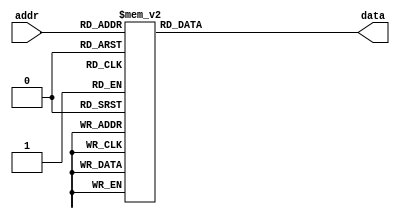
`timescale 1ns / 1ps
//////////////////////////////////////////////////////////////////////////////////
// Company: 
// Engineer: 
// 
// Design Name: 
// Module Name: fontROM
// Project Name: 
// Target Devices: 
// Tool Versions: 
// Description: 
// 
// Dependencies: 
// 
// Revision:
// Revision 0.01 - File Created
// Additional Comments:
// 
//////////////////////////////////////////////////////////////////////////////////

module fontROM( 
 input wire [8:0] addr, // recorre todas las posibilidades de memoria
 output reg [7:0] data // 8 bits del dato de salida
);
    
   // Letras a utilizar DIA MES AO HORA HR MIN SEG RING TIMER DERECHA IZQUIERDA
   // D I A M E S  O H R N G T Z Q                

always@*    
   case (addr) // Evalua el valor de la direccion

            9 'h000: data = 8'b00000000; 
            9 'h001: data = 8'b00000000;
            9 'h002: data = 8'b00000000;
            9 'h003: data = 8'b00000000;
            9 'h004: data = 8'b00000000;
            9 'h005: data = 8'b00000000;
            9 'h006: data = 8'b00000000;
            9 'h007: data = 8'b00000000;
            9 'h008: data = 8'b00000000;
            9 'h009: data = 8'b00000000;
            9 'h00a: data = 8'b00000000;
            9 'h00b: data = 8'b00000000;
            9 'h00c: data = 8'b00000000;
            9 'h00d: data = 8'b00000000;
            9 'h00e: data = 8'b00000000;
            9 'h00f: data = 8'b00000000;
   
            // A
            9 'h010: data = 8'b00000000; //
            9 'h011: data = 8'b00000000; //
            9 'h012: data = 8'b00010000; //         *
            9 'h013: data = 8'b00111000; //        ***
            9 'h014: data = 8'b01101100; //       ** **
            9 'h015: data = 8'b11000110; //      **   **
            9 'h016: data = 8'b11000110; //      **   **
            9 'h017: data = 8'b11111110; //      *******
            9 'h018: data = 8'b11000110; //      **   **
            9 'h019: data = 8'b11000110; //      **   **
            9 'h01a: data = 8'b11000110; //      **   **
            9 'h01b: data = 8'b11000110; //      **   **
            9 'h01c: data = 8'b00000000;
            9 'h01d: data = 8'b00000000;
            9 'h01e: data = 8'b00000000;
            9 'h01f: data = 8'b00000000;
   
            // D
            9 'h020: data <= 8'b00000000; //
            9 'h021: data <= 8'b00000000; //
            9 'h022: data <= 8'b11111000; //       *****
            9 'h023: data <= 8'b01101100; //        ** **
            9 'h024: data <= 8'b01100110; //        **  **
            9 'h025: data <= 8'b01100110; //        **  **
            9 'h026: data <= 8'b01100110; //        **  **
            9 'h027: data <= 8'b01100110; //        **  **
            9 'h028: data <= 8'b01100110; //        **  **
            9 'h029: data <= 8'b01100110; //        **  **
            9 'h02a: data <= 8'b01101100; //        ** **
            9 'h02b: data <= 8'b11111000; //       *****
            9 'h02c: data <= 8'b00000000;
            9 'h02d: data <= 8'b00000000;
            9 'h02e: data <= 8'b00000000;
            9 'h02f: data <= 8'b00000000;
   
            // E
            9 'h030: data <= 8'b00000000;
            9 'h031: data <= 8'b00000000;
            9 'h032: data <= 8'b11111110; //        *******
            9 'h033: data <= 8'b01100110; //         **  **
            9 'h034: data <= 8'b01100010; //         **   *
            9 'h035: data <= 8'b01101000; //         ** *
            9 'h036: data <= 8'b01111000; //         ****
            9 'h037: data <= 8'b01101000; //         ** *
            9 'h038: data <= 8'b01100000; //         **
            9 'h039: data <= 8'b01100010; //         **   *
            9 'h03a: data <= 8'b01100110; //         **  **
            9 'h03b: data <= 8'b11111110; //         *******
            9 'h03c: data <= 8'b00000000;
            9 'h03d: data <= 8'b00000000;
            9 'h03e: data <= 8'b00000000;
            9 'h03f: data <= 8'b00000000; 
   
            // G 
            9 'h040: data <= 8'b00000000;
            9 'h041: data <= 8'b00000000;
            9 'h042: data <= 8'b00111100; //         ****
            9 'h043: data <= 8'b01100110; //        **  **
            9 'h044: data <= 8'b11000010; //       **    *
            9 'h045: data <= 8'b11000000; //       **
            9 'h046: data <= 8'b11000000; //       **
            9 'h047: data <= 8'b11011110; //       ** ****
            9 'h048: data <= 8'b11000110; //       **   **
            9 'h049: data <= 8'b11000110; //       **   **
            9 'h04a: data <= 8'b01100110; //        **  **
            9 'h04b: data <= 8'b00111010; //         *** *
            9 'h04c: data <= 8'b00000000;         
            9 'h04d: data <= 8'b00000000;
            9 'h04e: data <= 8'b00000000;
            9 'h04f: data <= 8'b00000000;
   
            // H
            9'h050: data <= 8'b00000000;
            9'h051: data <= 8'b00000000;
            9'h052: data <= 8'b11000110; //        **   **
            9'h053: data <= 8'b11000110; //        **   **
            9'h054: data <= 8'b11000110; //        **   **
            9'h055: data <= 8'b11000110; //        **   **
            9'h056: data <= 8'b11111110; //        *******
            9'h057: data <= 8'b11000110; //        **   **
            9'h058: data <= 8'b11000110; //        **   **
            9'h059: data <= 8'b11000110; //        **   **
            9'h05a: data <= 8'b11000110; //        **   **
            9'h05b: data <= 8'b11000110; //        **   **
            9'h05c: data <= 8'b00000000;
            9'h05d: data <= 8'b00000000;
            9'h05e: data <= 8'b00000000;
            9'h05f: data <= 8'b00000000;
   
            // I
            9 'h060: data = 8'b00000000;
            9 'h061: data = 8'b00000000;
            9 'h062: data = 8'b00111100; //        ****
            9 'h063: data = 8'b00011000; //         **
            9 'h064: data = 8'b00011000; //         **
            9 'h065: data = 8'b00011000; //         **
            9 'h066: data = 8'b00011000; //         **
            9 'h067: data = 8'b00011000; //         **
            9 'h068: data = 8'b00011000; //         **
            9 'h069: data = 8'b00011000; //         **
            9 'h06a: data = 8'b00011000; //         **
            9 'h06b: data = 8'b00111100; //        ****
            9 'h06c: data = 8'b00000000;
            9 'h06d: data = 8'b00000000;
            9 'h06e: data = 8'b00000000;
            9 'h06f: data = 8'b00000000;
   
            // M
            9 'h070: data <= 8'b00000000;
            9 'h071: data <= 8'b00000000;
            9 'h072: data <= 8'b11000011; //         **    **
            9 'h073: data <= 8'b11100111; //         ***  ***
            9 'h074: data <= 8'b11111111; //         ********
            9 'h075: data <= 8'b11111111; //         ********
            9 'h076: data <= 8'b11011011; //         ** ** **
            9 'h077: data <= 8'b11000011; //         **    **
            9 'h078: data <= 8'b11000011; //         **    **
            9 'h079: data <= 8'b11000011; //         **    **
            9 'h07a: data <= 8'b11000011; //         **    **
            9 'h07b: data <= 8'b11000011; //         **    **
            9 'h07c: data <= 8'b00000000;
            9 'h07d: data <= 8'b00000000;
            9 'h07e: data <= 8'b00000000;
            9 'h07f: data <= 8'b00000000;
   
            // N
            9 'h080: data <= 8'b00000000;
            9 'h081: data <= 8'b00000000;
            9 'h082: data <= 8'b11000110; //         **   **
            9 'h083: data <= 8'b11100110; //         ***  **
            9 'h084: data <= 8'b11110110; //         **** **
            9 'h085: data <= 8'b11111110; //         *******
            9 'h086: data <= 8'b11011110; //         ** ****
            9 'h087: data <= 8'b11001110; //         **  ***
            9 'h088: data <= 8'b11000110; //         **   **
            9 'h089: data <= 8'b11000110; //         **   **
            9 'h08a: data <= 8'b11000110; //         **   **
            9 'h08b: data <= 8'b11000110; //         **   **
            9 'h08c: data <= 8'b00000000;
            9 'h08d: data <= 8'b00000000;
            9 'h08e: data <= 8'b00000000;
            9 'h08f: data <= 8'b00000000;  
   
            // '
            9 'h090: data <= 8'b11111111; //        ********
            9 'h091: data <= 8'b00000000; //
            9 'h092: data <= 8'b11000110; //         **   **
            9 'h093: data <= 8'b11100110; //         ***  **
            9 'h094: data <= 8'b11110110; //         **** **
            9 'h095: data <= 8'b11111110; //         *******
            9 'h096: data <= 8'b11011110; //         ** ****
            9 'h097: data <= 8'b11001110; //         **  ***
            9 'h098: data <= 8'b11000110; //         **   **
            9 'h099: data <= 8'b11000110; //         **   **
            9 'h09a: data <= 8'b11000110; //         **   **
            9 'h09b: data <= 8'b11000110; //         **   **
            9 'h09c: data <= 8'b00000000;
            9 'h09d: data <= 8'b00000000;
            9 'h09e: data <= 8'b00000000;
            9 'h09f: data <= 8'b00000000;
   
            // O
            9 'h0a0: data <= 8'b00000000;
            9 'h0a1: data <= 8'b00000000;
            9 'h0a2: data <= 8'b01111100; //          *****
            9 'h0a3: data <= 8'b11000110; //         **   **
            9 'h0a4: data <= 8'b11000110; //         **   **
            9 'h0a5: data <= 8'b11000110; //         **   **
            9 'h0a6: data <= 8'b11000110; //         **   **
            9 'h0a7: data <= 8'b11000110; //         **   **
            9 'h0a8: data <= 8'b11000110; //         **   **
            9 'h0a9: data <= 8'b11000110; //         **   **
            9 'h0aa: data <= 8'b11000110; //         **   **
            9 'h0ab: data <= 8'b01111100; //          *****
            9 'h0ac: data <= 8'b01000010;
            9 'h0ad: data <= 8'b01111110;
            9 'h0ae: data <= 8'b00000000;
            9 'h0af: data <= 8'b00000000;
   
            // Q
            9 'h0b0: data <= 8'b00000000;
            9 'h0b1: data <= 8'b00000000;
            9 'h0b2: data <= 8'b01111100; //         *****
            9 'h0b3: data <= 8'b11000110; //        **   **
            9 'h0b4: data <= 8'b11000110; //        **   **
            9 'h0b5: data <= 8'b11000110; //        **   **
            9 'h0b6: data <= 8'b11000110; //        **   **
            9 'h0b7: data <= 8'b11000110; //        **   **
            9 'h0b8: data <= 8'b11000110; //        **   **
            9 'h0b9: data <= 8'b11010110; //        ** * **
            9 'h0ba: data <= 8'b11011110; //        ** ****
            9 'h0bb: data <= 8'b01111100; //         *****
            9 'h0bc: data <= 8'b00001100; //            **
            9 'h0bd: data <= 8'b00001110; //            ***
            9 'h0be: data <= 8'b00000000;
            9 'h0bf: data <= 8'b00000000;
   
            // R
            9 'h0c0: data <= 8'b00000000;
            9 'h0c1: data <= 8'b00000000;
            9 'h0c2: data <= 8'b11111100; //        ******
            9 'h0c3: data <= 8'b01100110; //         **  **
            9 'h0c4: data <= 8'b01100110; //         **  **
            9 'h0c5: data <= 8'b01100110; //         **  **
            9 'h0c6: data <= 8'b01111100; //         *****
            9 'h0c7: data <= 8'b01101100; //         ** **
            9 'h0c8: data <= 8'b01100110; //         **  **
            9 'h0c9: data <= 8'b01100110; //         **  **
            9 'h0ca: data <= 8'b01100110; //         **  **
            9 'h0cb: data <= 8'b11100110; //        ***  **
            9 'h0cc: data <= 8'b00000000;
            9 'h0cd: data <= 8'b00000000;
            9 'h0ce: data <= 8'b00000000;
            9 'h0cf: data <= 8'b00000000;
   
            // S
            9 'h0d0: data = 8'b00000000;
            9 'h0d1: data = 8'b00000000;
            9 'h0d2: data = 8'b01111100; //       *****
            9 'h0d3: data = 8'b11000110; //      **   **
            9 'h0d4: data = 8'b11000110; //      **   **
            9 'h0d5: data = 8'b01100000; //       **
            9 'h0d6: data = 8'b00111000; //        ***
            9 'h0d7: data = 8'b00001100; //          **
            9 'h0d8: data = 8'b00000110; //           **
            9 'h0d9: data = 8'b11000110; //      **   **
            9 'h0da: data = 8'b11000110; //      **   **
            9 'h0db: data = 8'b01111100; //       *****
            9 'h0dc: data = 8'b00000000;
            9 'h0dd: data = 8'b00000000;
            9 'h0de: data = 8'b00000000;
            9 'h0df: data = 8'b00000000;
   
            // T
            9 'h0e0: data <= 8'b00000000;
            9 'h0e1: data <= 8'b00000000;
            9 'h0e2: data <= 8'b11111111; //       ********
            9 'h0e3: data <= 8'b11011011; //       ** ** **
            9 'h0e4: data <= 8'b10011001; //       *  **  *
            9 'h0e5: data <= 8'b00011000; //          **
            9 'h0e6: data <= 8'b00011000; //          **
            9 'h0e7: data <= 8'b00011000; //          **
            9 'h0e8: data <= 8'b00011000; //          **
            9 'h0e9: data <= 8'b00011000; //          **
            9 'h0ea: data <= 8'b00011000; //          **
            9 'h0eb: data <= 8'b01111110; //        ******
            9 'h0ec: data <= 8'b00000000;
            9 'h0ed: data <= 8'b00000000;
            9 'h0ee: data <= 8'b00000000;
            9 'h0ef: data <= 8'b00000000;
   
            // Z
            9 'h0f0: data <= 8'b00000000;
            9 'h0f1: data <= 8'b00000000;
            9 'h0f2: data <= 8'b11111111; //        ********
            9 'h0f3: data <= 8'b11000011; //        **    **
            9 'h0f4: data <= 8'b10000110; //        *    **
            9 'h0f5: data <= 8'b00001100; //            **
            9 'h0f6: data <= 8'b00011000; //           **
            9 'h0f7: data <= 8'b00110000; //          **
            9 'h0f8: data <= 8'b01100000; //         **
            9 'h0f9: data <= 8'b11000001; //        **     *
            9 'h0fa: data <= 8'b11000011; //        **    **
            9 'h0fb: data <= 8'b11111111; //        ********
            9 'h0fc: data <= 8'b00000000;
            9 'h0fd: data <= 8'b00000000;
            9 'h0fe: data <= 8'b00000000;
            9 'h0ff: data <= 8'b00000000;
   
            // 0
            9 'h100: data <= 8'b00000000;//
            9 'h101: data <= 8'b00000000;// 
            9 'h102: data <= 8'b01111100;//  *****
            9 'h103: data <= 8'b11000110;// **   **
            9 'h104: data <= 8'b11000110;// **   **
            9 'h105: data <= 8'b11001110;// **  ***
            9 'h106: data <= 8'b11011110;// ** ****
            9 'h107: data <= 8'b11110110;// **** **
            9 'h108: data <= 8'b11100110;// ***  **
            9 'h109: data <= 8'b11000110;// **   **
            9 'h10a: data <= 8'b11000110;// **   **
            9 'h10b: data <= 8'b01111100;//  *****
            9 'h10c: data <= 8'b00000000;//
            9 'h10d: data <= 8'b00000000;//
            9 'h10e: data <= 8'b00000000;//
            9 'h10f: data <= 8'b00000000;//
   
            // 1
            9 'h110: data <= 8'b00000000;//
            9 'h111: data <= 8'b00000000;//
            9 'h112: data <= 8'b00011000;//    **
            9 'h113: data <= 8'b00111000;//   ***
            9 'h114: data <= 8'b01111000;//  ****
            9 'h115: data <= 8'b00011000;//    **
            9 'h116: data <= 8'b00011000;//    **
            9 'h117: data <= 8'b00011000;//    **
            9 'h118: data <= 8'b00011000;//    **
            9 'h119: data <= 8'b00011000;//    **
            9 'h11a: data <= 8'b00011000;//    **
            9 'h11b: data <= 8'b01111110;//  ******
            9 'h11c: data <= 8'b00000000;//
            9 'h11d: data <= 8'b00000000;//
            9 'h11e: data <= 8'b00000000;//
            9 'h11f: data <= 8'b00000000;//
   
            // 2
            9 'h120: data <= 8'b00000000;//
            9 'h121: data <= 8'b00000000;//
            9 'h122: data <= 8'b01111100;//  *****
            9 'h123: data <= 8'b11000110;// **   **
            9 'h124: data <= 8'b00000110;//      **
            9 'h125: data <= 8'b00001100;//     **
            9 'h126: data <= 8'b00011000;//    **
            9 'h127: data <= 8'b00110000;//   **
            9 'h128: data <= 8'b01100000;//  **
            9 'h129: data <= 8'b11000000;// **
            9 'h12a: data <= 8'b11000110;// **   **
            9 'h12b: data <= 8'b11111110;// *******
            9 'h12c: data <= 8'b00000000;//
            9 'h12d: data <= 8'b00000000;//
            9 'h12e: data <= 8'b00000000;//
            9 'h12f: data <= 8'b00000000;//
   
            // 3
            9 'h130: data <= 8'b00000000;//
            9 'h131: data <= 8'b00000000;//
            9 'h132: data <= 8'b01111100;//  *****
            9 'h133: data <= 8'b11000110;// **   **
            9 'h134: data <= 8'b00000110;//      **
            9 'h135: data <= 8'b00000110;//      **
            9 'h136: data <= 8'b00111100;//   ****
            9 'h137: data <= 8'b00000110;//      **
            9 'h138: data <= 8'b00000110;//      **
            9 'h139: data <= 8'b00000110;//      **
            9 'h13a: data <= 8'b11000110;// **   **
            9 'h13b: data <= 8'b01111100;//  *****
            9 'h13c: data <= 8'b00000000;//
            9 'h13d: data <= 8'b00000000;//
            9 'h13e: data <= 8'b00000000;//
            9 'h13f: data <= 8'b00000000;//
   
            // 4
            9 'h140: data <= 8'b00000000;//
            9 'h141: data <= 8'b00000000;//
            9 'h142: data <= 8'b00001100;//     **
            9 'h143: data <= 8'b00011100;//    ***
            9 'h144: data <= 8'b00111100;//   ****
            9 'h145: data <= 8'b01101100;//  ** **
            9 'h146: data <= 8'b11001100;// **  **
            9 'h147: data <= 8'b11111110;// *******
            9 'h148: data <= 8'b00001100;//     **
            9 'h149: data <= 8'b00001100;//     **
            9 'h14a: data <= 8'b00001100;//     **
            9 'h14b: data <= 8'b00011110;//    ****
            9 'h14c: data <= 8'b00000000;//
            9 'h14d: data <= 8'b00000000;//
            9 'h14e: data <= 8'b00000000;//
            9 'h14f: data <= 8'b00000000;//
   
            // 5
            9 'h150: data <= 8'b00000000;//
            9 'h151: data <= 8'b00000000;//
            9 'h152: data <= 8'b11111110;// *******
            9 'h153: data <= 8'b11000000;// **
            9 'h154: data <= 8'b11000000;// **
            9 'h155: data <= 8'b11000000;// **
            9 'h156: data <= 8'b11111100;// ******
            9 'h157: data <= 8'b00000110;//      **
            9 'h158: data <= 8'b00000110;//      **
            9 'h159: data <= 8'b00000110;//      **
            9 'h15a: data <= 8'b11000110;// **   **
            9 'h15b: data <= 8'b01111100;//  *****
            9 'h15c: data <= 8'b00000000;//
            9 'h15d: data <= 8'b00000000;//
            9 'h15e: data <= 8'b00000000;//
            9 'h15f: data <= 8'b00000000;//
   
            // 6
            9 'h160: data <= 8'b00000000;//   
            9 'h161: data <= 8'b00000000;//
            9 'h162: data <= 8'b00111000;//   ***
            9 'h163: data <= 8'b01100000;//  **
            9 'h164: data <= 8'b11000000;// **
            9 'h165: data <= 8'b11000000;// **
            9 'h166: data <= 8'b11111100;// ******
            9 'h167: data <= 8'b11000110;// **   **
            9 'h168: data <= 8'b11000110;// **   **
            9 'h169: data <= 8'b11000110;// **   **
            9 'h16a: data <= 8'b11000110;// **   **
            9 'h16b: data <= 8'b01111100;//  *****
            9 'h16c: data <= 8'b00000000;//
            9 'h16d: data <= 8'b00000000;//
            9 'h16e: data <= 8'b00000000;//
            9 'h16f: data <= 8'b00000000;//
   
            // 7
            9 'h170: data <= 8'b00000000;//
            9 'h171: data <= 8'b00000000;//
            9 'h172: data <= 8'b11111110;// *******
            9 'h173: data <= 8'b11000110;// **   **
            9 'h174: data <= 8'b00000110;//      **
            9 'h175: data <= 8'b00000110;//      **
            9 'h176: data <= 8'b00001100;//     **
            9 'h177: data <= 8'b00011000;//    **
            9 'h178: data <= 8'b00110000;//   **
            9 'h179: data <= 8'b00110000;//   **
            9 'h17a: data <= 8'b00110000;//   **
            9 'h17b: data <= 8'b00110000;//   **
            9 'h17c: data <= 8'b00000000;//
            9 'h17d: data <= 8'b00000000;//
            9 'h17e: data <= 8'b00000000;//
            9 'h17f: data <= 8'b00000000;//
   
            // 8
            9 'h180: data <= 8'b00000000;//
            9 'h181: data <= 8'b00000000;//
            9 'h182: data <= 8'b01111100;//  *****
            9 'h183: data <= 8'b11000110;// **   **
            9 'h184: data <= 8'b11000110;// **   **
            9 'h185: data <= 8'b11000110;// **   **
            9 'h186: data <= 8'b01111100;//  *****
            9 'h187: data <= 8'b11000110;// **   **
            9 'h188: data <= 8'b11000110;// **   **
            9 'h189: data <= 8'b11000110;// **   **
            9 'h18a: data <= 8'b11000110;// **   **
            9 'h18b: data <= 8'b01111100;//  *****
            9 'h18c: data <= 8'b00000000;//
            9 'h18d: data <= 8'b00000000;//
            9 'h18e: data <= 8'b00000000;//
            9 'h18f: data <= 8'b00000000;// 
   
            // 9
            9 'h190: data <= 8'b00000000;//
            9 'h191: data <= 8'b00000000;//
            9 'h192: data <= 8'b01111100;//  *****
            9 'h193: data <= 8'b11000110;// **   **
            9 'h194: data <= 8'b11000110;// **   **
            9 'h195: data <= 8'b11000110;// **   **
            9 'h196: data <= 8'b01111110;//  ******
            9 'h197: data <= 8'b00000110;//      **
            9 'h198: data <= 8'b00000110;//      **
            9 'h199: data <= 8'b00000110;//      **
            9 'h19a: data <= 8'b00001100;//     **
            9 'h19b: data <= 8'b01111000;//  ****
            9 'h19c: data <= 8'b00000000;//
            9 'h19d: data <= 8'b00000000;//
            9 'h19e: data <= 8'b00000000;//
            9 'h19f: data <= 8'b00000000;//
   
            // :
            9 'h1a0: data <= 8'b00000000;// puntos para separaracion
            9 'h1a1: data <= 8'b00000000;
            9 'h1a2: data <= 8'b00000000;//
            9 'h1a3: data <= 8'b00000000;//
            9 'h1a4: data <= 8'b00000000;//
            9 'h1a5: data <= 8'b00111000;//     ***
            9 'h1a6: data <= 8'b00111000;//     ***
            9 'h1a7: data <= 8'b00000000;//
            9 'h1a8: data <= 8'b00000000;//
            9 'h1a9: data <= 8'b00000000;//
            9 'h1aa: data <= 8'b00111000;//     ***
            9 'h1ab: data <= 8'b00111000;//     ***
            9 'h1ac: data <= 8'b00000000;//
            9 'h1ad: data <= 8'b00000000;//
            9 'h1ae: data <= 8'b00000000;
            9 'h1af: data <= 8'b00000000;
   
            // #Nota musical
            9 'h1b0: data <= 8'b00000000;
            9 'h1b1: data <= 8'b00000000;
            9 'h1b2: data <= 8'b00111111; //      ******
            9 'h1b3: data <= 8'b00110011; //      **  **
            9 'h1b4: data <= 8'b00111111; //      ******
            9 'h1b5: data <= 8'b00110000; //      **
            9 'h1b6: data <= 8'b00110000; //      **
            9 'h1b7: data <= 8'b00110000; //      **
            9 'h1b8: data <= 8'b00110000; //      **
            9 'h1b9: data <= 8'b01110000; //     ***
            9 'h1ba: data <= 8'b11110000; //    ****
            9 'h1bb: data <= 8'b11100000; //   ***
            9 'h1bc: data <= 8'b00000000;
            9 'h1bd: data <= 8'b00000000;
            9 'h1be: data <= 8'b00000000;
            9 'h1bf: data <= 8'b00000000;
   
            //-
            9 'h1c0: data <= 8'b00000000;
            9 'h1c1: data <= 8'b00000000;
            9 'h1c2: data <= 8'b00000000; //      
            9 'h1c3: data <= 8'b00000000; //      
            9 'h1c4: data <= 8'b00000000; //      
            9 'h1c5: data <= 8'b00000000; //      
            9 'h1c6: data <= 8'b00000000; //      
            9 'h1c7: data <= 8'b11111111; //    ********    
            9 'h1c8: data <= 8'b11111111; //    ********   
            9 'h1c9: data <= 8'b00000000; //     
            9 'h1ca: data <= 8'b00000000; //    
            9 'h1cb: data <= 8'b00000000; //   
            9 'h1cc: data <= 8'b00000000;
            9 'h1cd: data <= 8'b00000000;
            9 'h1ce: data <= 8'b00000000;
            9 'h1cf: data <= 8'b00000000;
   
            //F
            9 'h1d0: data = 8'b00000000;
            9 'h1d1: data = 8'b00000000;
            9 'h1d2: data = 8'b11111110; //        *******
            9 'h1d3: data = 8'b01100110; //         **  **
            9 'h1d4: data = 8'b01100010; //         **   *
            9 'h1d5: data = 8'b01101000; //         ** *
            9 'h1d6: data = 8'b01111000; //         ****
            9 'h1d7: data = 8'b01101000; //         ** *
            9 'h1d8: data = 8'b01100000; //         **
            9 'h1d9: data = 8'b01100000; //         **
            9 'h1da: data = 8'b01100000; //         **
            9 'h1db: data = 8'b11110000; //        ****
            9 'h1dc: data = 8'b00000000;
            9 'h1dd: data = 8'b00000000;
            9 'h1de: data = 8'b00000000;
            9 'h1df: data = 8'b00000000;
     
      default : data <= 8'b00000000;
      endcase
endmodule